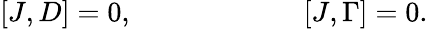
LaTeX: [J,D]=0,\qquad\qquad\qquad[J,\Gamma]=0.